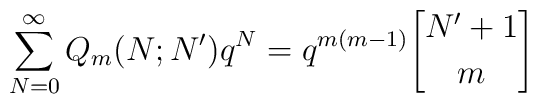
\sum_{N=0}^{\infty}Q_m(N;N')q^N=q^{m(m-1)}{N'+1\atopwithdelims[] m}